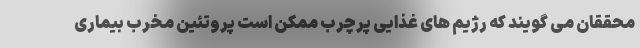
محققان می گویند که رژیم های غذایی پرچرب ممکن است پروتئین مخرب بیماری